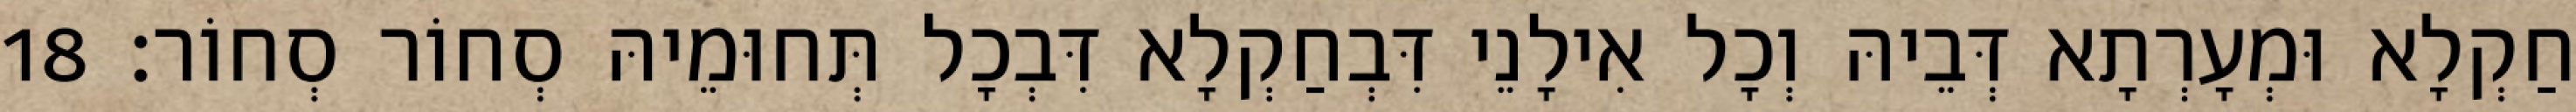
חַקְלָא וּמְעָרְתָא דְּבֵיהּ וְכָל אִילָנֵי דִּבְחַקְלָא דִּבְכָל תְּחוּמֵיהּ סְחוֹר סְחוֹר׃ 18